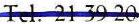
Tel. 21 39 20